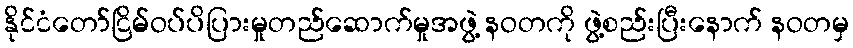
နိုင်ငံတော်ငြိမ်ဝပ်ပိပြားမှုတည်ဆောက်မှုအဖွဲ့ နဝတကို ဖွဲ့စည်းပြီးနောက် နဝတမှ